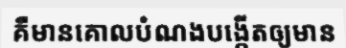
គឺមានគោលបំណងបង្កើតឲ្យមាន